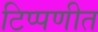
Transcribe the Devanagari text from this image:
टिप्पणीत